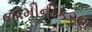
જામીનીકરણ